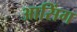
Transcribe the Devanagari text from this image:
आसिंग